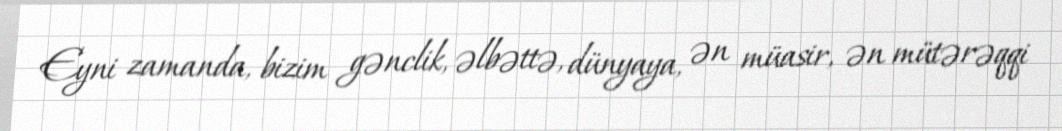
Eyni zamanda, bizim gənclik, əlbəttə, dünyaya, ən müasir, ən mütərəqqi